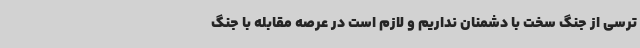
ترسی از جنگ سخت با دشمنان نداریم و لازم است در عرصه مقابله با جنگ